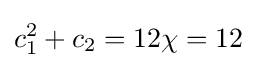
c_{1}^{2}+c_{2}=12\chi =12